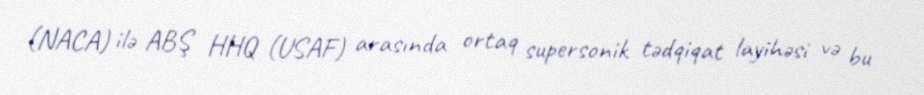
(NACA) ilə ABŞ HHQ (USAF) arasında ortaq supersonik tədqiqat layihəsi və bu